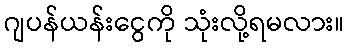
ဂျပန်ယန်းငွေကို သုံးလို့ရမလား။